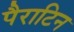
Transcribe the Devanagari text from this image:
पैराटिन